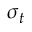
\sigma _ { t }